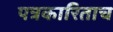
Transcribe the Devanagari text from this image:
पत्रकारिताच